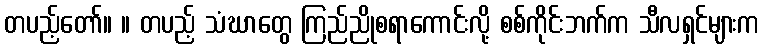
တပည့်တော်။ ။ တပည့် သံဃာတွေ ကြည်ညိုစရာကောင်းလို့ စစ်ကိုင်းဘက်က သီလရှင်များက